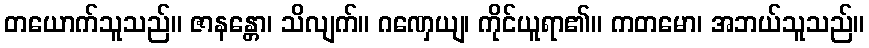
တယောက်သူသည်။ ဇာနန္တော၊ သိလျက်။ ဂဏှေယျ၊ ကိုင်ယူရာ၏။ ကတမော၊ အဘယ်သူသည်။